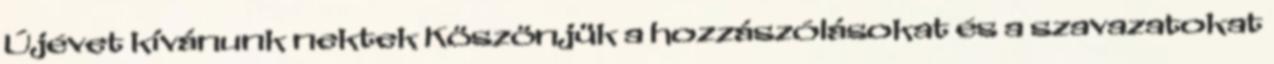
Újévet kívánunk nektek Köszönjük a hozzászólásokat és a szavazatokat